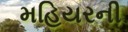
મહિયરની